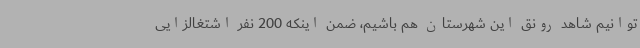
توانیم شاهد رونق این شهرستان هم باشیم، ضمن اینکه 200 نفر اشتغالزایی